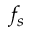
f _ { s }